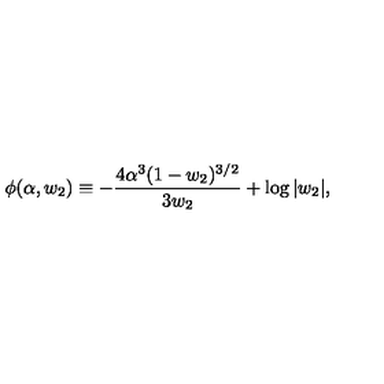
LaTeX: \phi ( \alpha , w _ { 2 } ) \equiv - { \frac { 4 \alpha ^ { 3 } ( 1 - w _ { 2 } ) ^ { 3 / 2 } } { 3 w _ { 2 } } } + \log | w _ { 2 } | ,